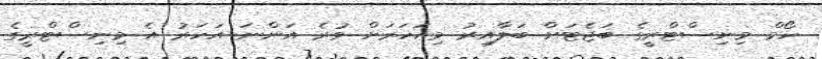
ހޯމް މިނިސްޓްރީގެ ބަޖެޓަށް ބަލާއިރު މިއަހަރަށް ވުރެ އަންނަ އަހަރު އެ މިނިސްޓްރީގެ